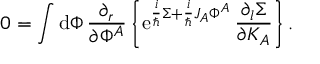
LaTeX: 0 = \int \mathrm { d } \Phi \, { \frac { \partial _ { r } } { \partial \Phi ^ { A } } } \left\{ \mathrm { e } ^ { { \frac { i } { \hbar } } \Sigma + { \frac { i } { \hbar } } J _ { A } \Phi ^ { A } } \, { \frac { \partial _ { l } \Sigma } { \partial K _ { A } } } \right\} .